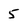
Character: 5